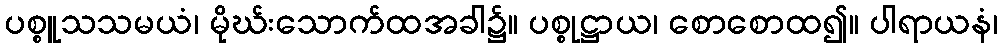
ပစ္စူသသမယံ၊ မိုဃ်းသောက်ထအခါ၌။ ပစ္စုဋ္ဌာယ၊ စောစောထ၍။ ပါရာယနံ၊